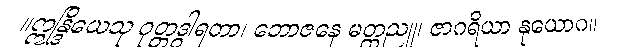
။ဣန္ဒြိယေသု ဂုတ္တဒွါရတာ၊ ဘောဇနေ မတ္တညူ၊ ဇာဂရိယာ နုယောဂ။